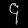
Digit: ၄